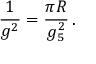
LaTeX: \frac { 1 } { g ^ { 2 } } = \frac { \pi R } { g _ { 5 } ^ { 2 } } \, .